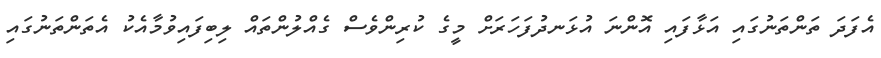
އެފަދަ ތަންތަނުގައި އަޅާފައި އޮންނަ އުޅަނދުފަހަރަށް މީގެ ކުރިންވެސް ގެއްލުންތައް ލިބިފައިވުމާއެކު އެތަންތަނުގައި